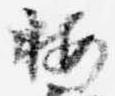
按